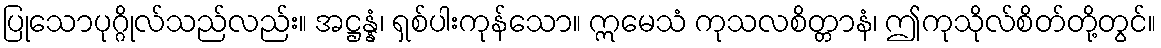
ပြုသောပုဂ္ဂိုလ်သည်လည်း။ အဋ္ဌန္နံ၊ ရှစ်ပါးကုန်သော။ ဣမေသံ ကုသလစိတ္တာနံ၊ ဤကုသိုလ်စိတ်တို့တွင်။